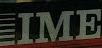
ime